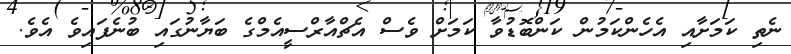
ނެތި ކަމަށާއި އެހެންކަމުން ކަންބޮޑުވާ ކަމަށް ވެސް އެޗްއާރްސީއެމްގެ ބަޔާނުގައި ބުނެފައިވެ އެވެ.